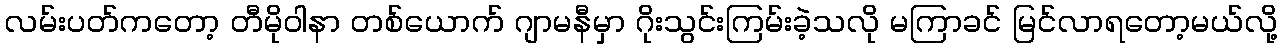
လမ်းပတ်ကတော့ တီမိုဝါနာ တစ်ယောက် ဂျာမနီမှာ ဂိုးသွင်းကြမ်းခဲ့သလို မကြာခင် မြင်လာရတော့မယ်လို့